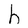
Character: h